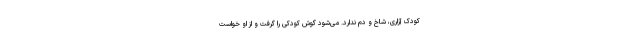
کودک آزاری، شاخ و دم ندارد. می‌شود گوش کودکی را گرفت و از او خواست